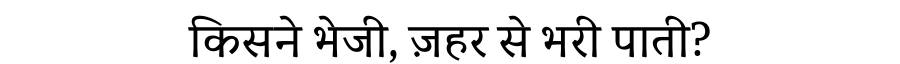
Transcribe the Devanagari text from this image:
किसने भेजी, ज़हर से भरी पाती?